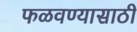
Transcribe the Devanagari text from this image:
फळवण्यासाठी